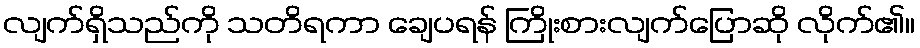
လျက်ရှိသည်ကို သတိရကာ ချေပရန် ကြိုးစားလျက်ပြောဆို လိုက်၏။